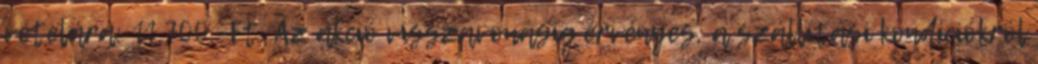
vételára: 11.700.-Ft. Az akció visszavonásig érvényes, a szállítási kondíciókról